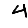
Digit: 4